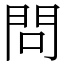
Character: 問